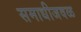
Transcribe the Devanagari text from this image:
समाधीजवळ